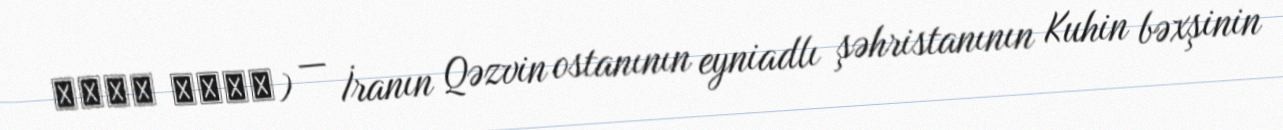
حاجي آباد) — İranın Qəzvin ostanının eyniadlı şəhristanının Kuhin bəxşinin